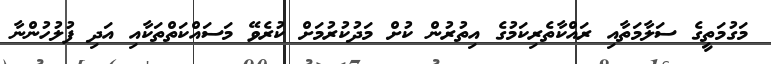
މަގުމަތީގެ ސަލާމަތާއި ރައްކާތެރިކަމުގެ އިތުރުން ކުށް މަދުކުރުމަށް ކުރެވޭ މަސައްކަތްތަކާއި އަދި ފުލުހުންނާ